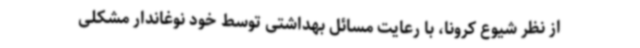
از نظر شیوع کرونا، با رعایت مسائل بهداشتی توسط خود نوغاندار مشکلی